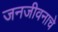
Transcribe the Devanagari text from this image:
जनजीवनाचे